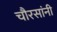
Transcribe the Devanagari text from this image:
चौरसांनी